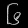
Digit: ၆